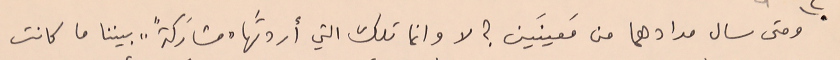
ومتى سال مدادهما من مَعينَين ؟ لا وانما تلك التي أردتَها "مشارَكةً" .. بيننا ما كانت